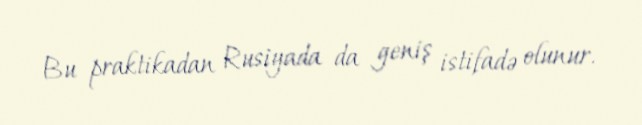
Bu praktikadan Rusiyada da geniş istifadə olunur.